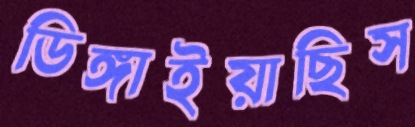
ডিঙ্গাইয়াছিস